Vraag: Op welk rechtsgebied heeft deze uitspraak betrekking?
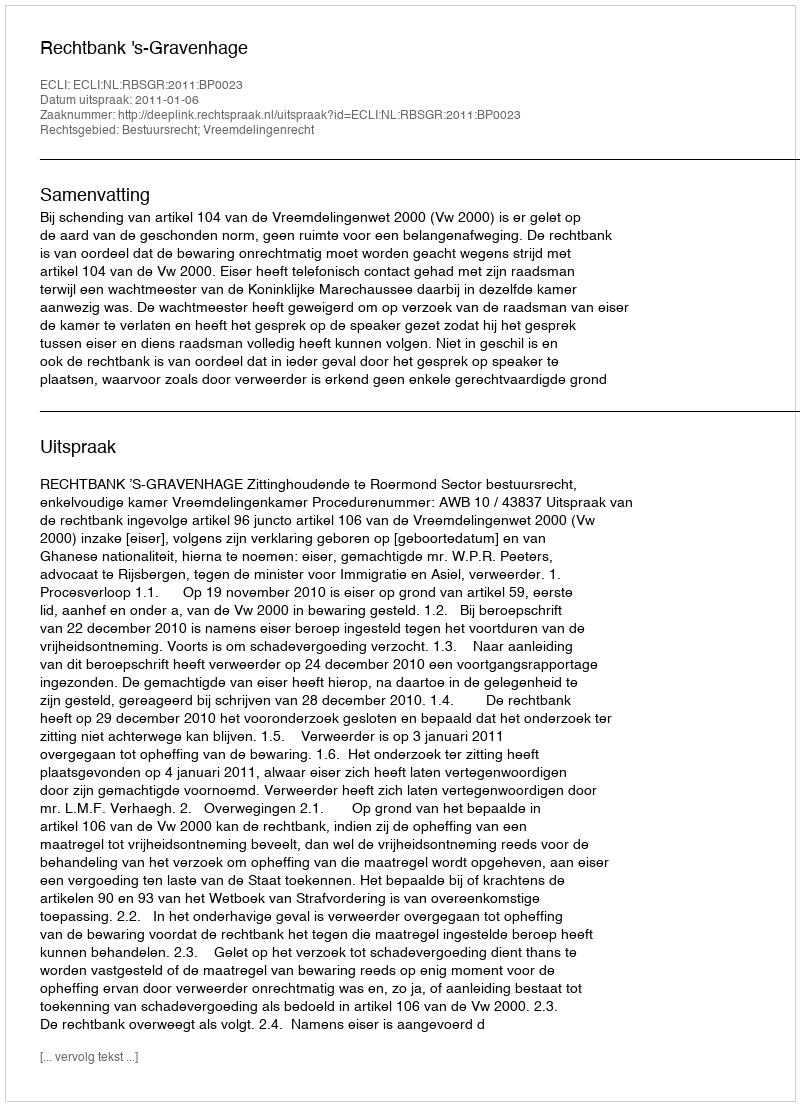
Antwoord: Bestuursrecht; Vreemdelingenrecht